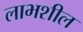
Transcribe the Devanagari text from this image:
लाभशील